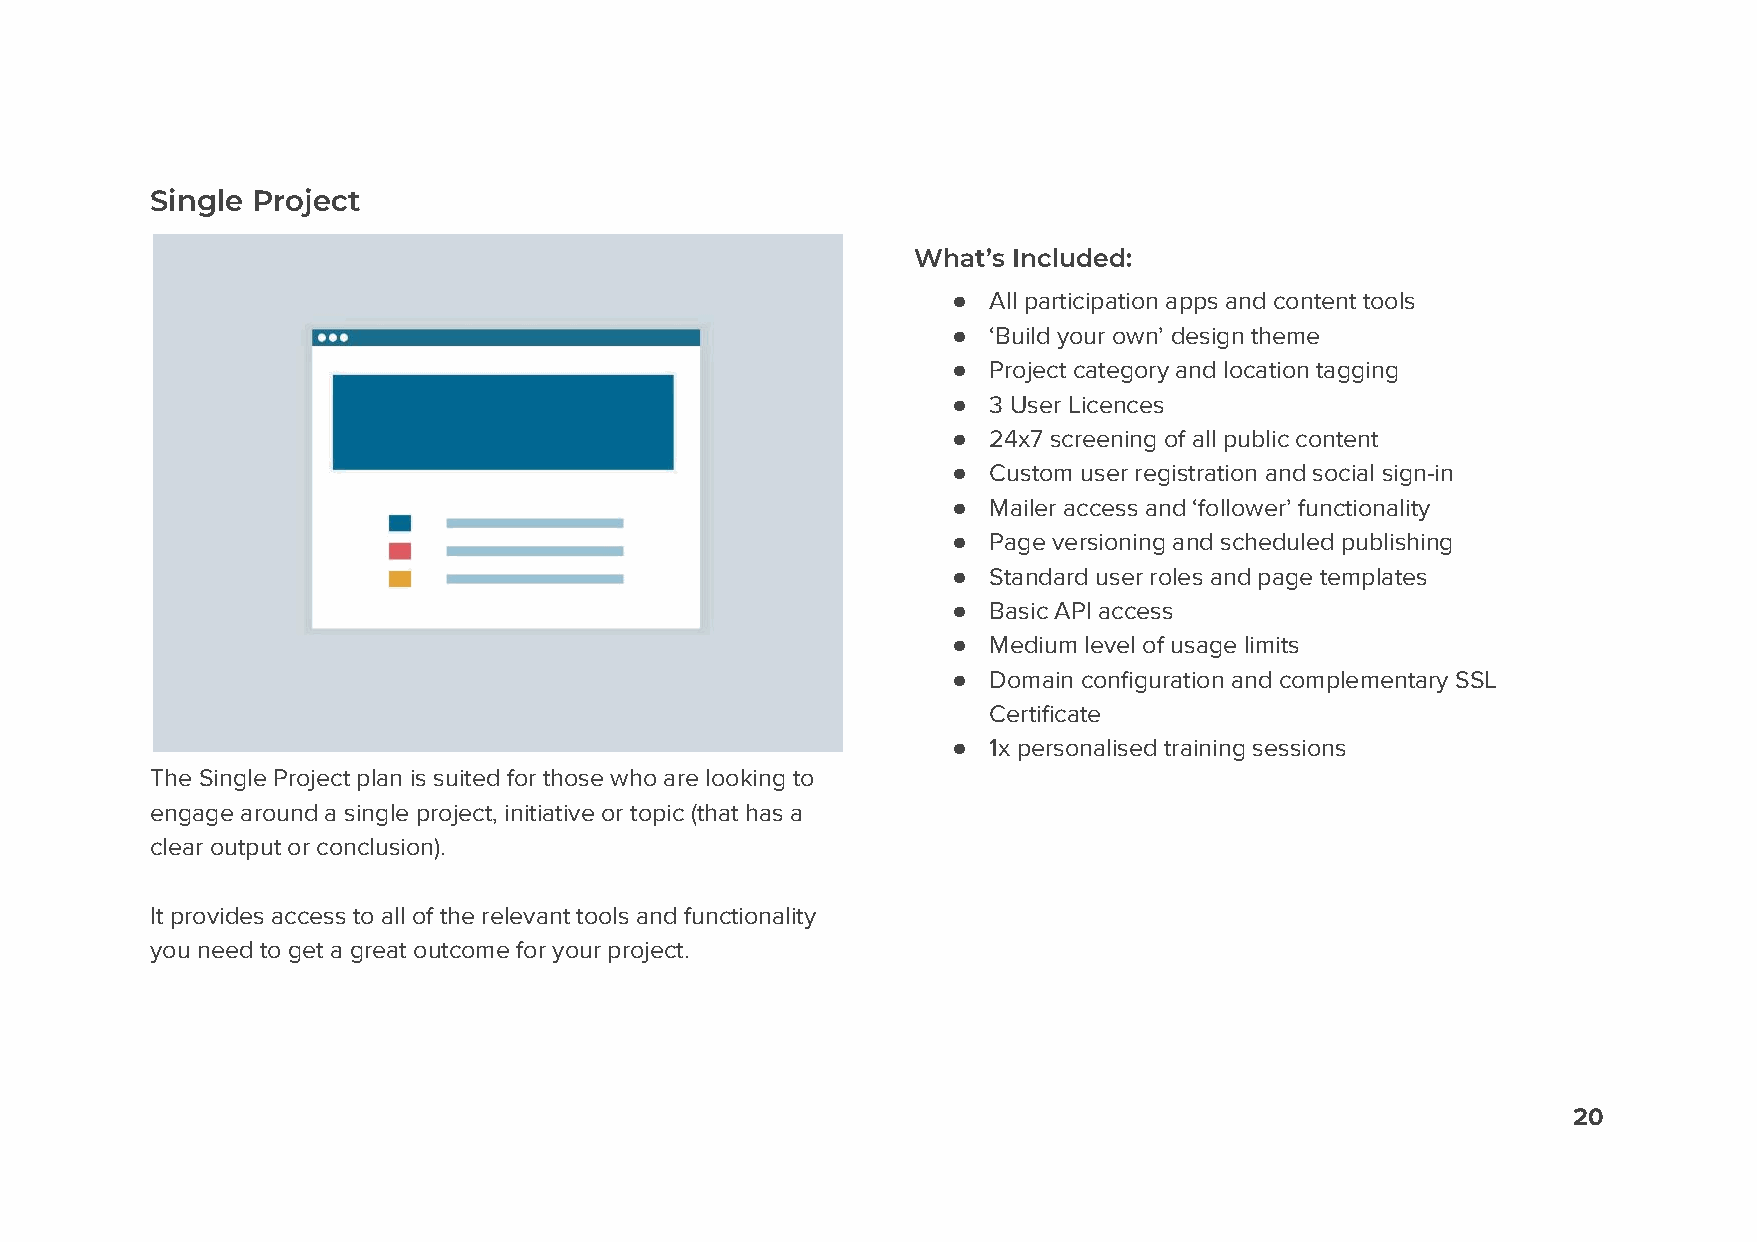
Single Project
 What’s Included:
 ● All participation apps and content tools
 ● ‘Build your own’ design theme
 ● Project category and location tagging
 ● 3 User Licences
 ● 24x7 screening of all public content
 ● Custom user registration and social sign-in
 ● Mailer access and ‘follower’ functionality
 ● Page versioning and scheduled publishing
 ● Standard user roles and page templates
 ● Basic API access
 ● Medium level of usage limits
 ● Domain configuration and complementary SSL
 Certificate
 ● 1x personalised training sessions
 The Single Project plan is suited for those who are looking to
 engage around a single project, initiative or topic (that has a
 clear output or conclusion).
 It provides access to all of the relevant tools and functionality
 you need to get a great outcome for your project.
 20